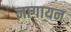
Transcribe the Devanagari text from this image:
नागायन